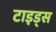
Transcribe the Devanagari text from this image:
टाइड्स